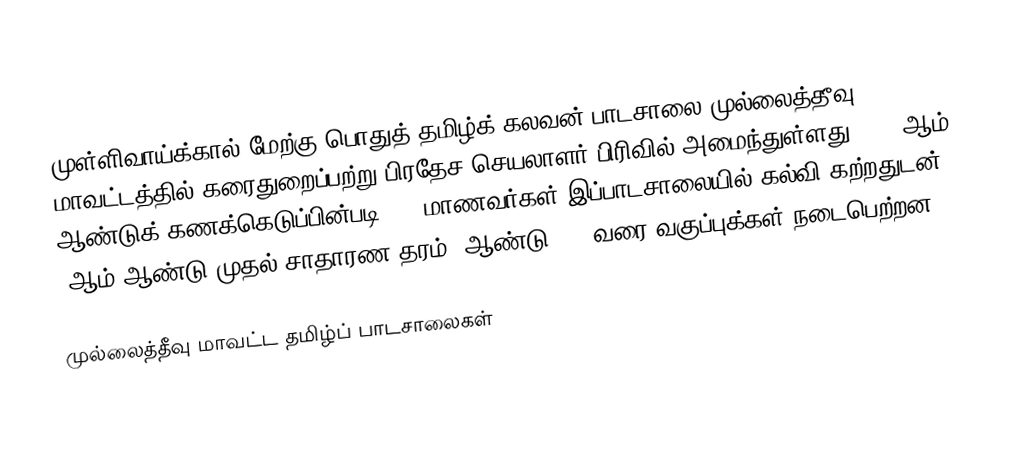
முள்ளிவாய்க்கால் மேற்கு பொதுத் தமிழ்க் கலவன் பாடசாலை முல்லைத்தீவு மாவட்டத்தில் கரைதுறைப்பற்று பிரதேச செயலாளர் பிரிவில் அமைந்துள்ளது. 2005ஆம் ஆண்டுக் கணக்கெடுப்பின்படி 702 மாணவர்கள் இப்பாடசாலையில் கல்வி கற்றதுடன் 1ஆம் ஆண்டு முதல் சாதாரண தரம் (ஆண்டு 11) வரை வகுப்புக்கள் நடைபெற்றன.

முல்லைத்தீவு மாவட்ட தமிழ்ப் பாடசாலைகள்